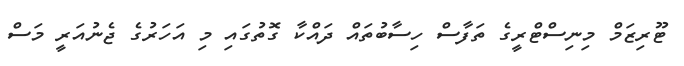
ޓޫރިޒަމް މިނިސްޓްރީގެ ތަފާސް ހިސާބުތައް ދައްކާ ގޮތުގައި މި އަހަރުގެ ޖެނުއަރީ މަސް